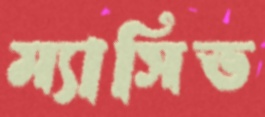
ম্যাসিভ